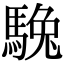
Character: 𩣮